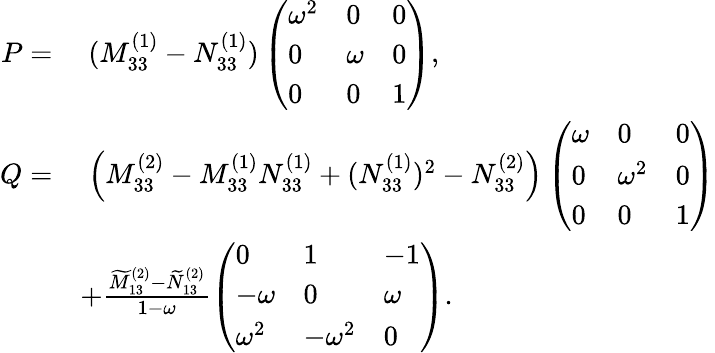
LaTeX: \begin{array}{rl}{P=}&{\; (M_{33}^{(1)}-N_{33}^{(1)})\left(\begin{array}{lll}{\omega^{2}}&{0}&{0}\\ {0}&{\omega}&{0}\\ {0}&{0}&{1}\end{array}\right),}\\ {Q=}&{\; \Big(M_{33}^{(2)}-M_{33}^{(1)}N_{33}^{(1)}+(N_{33}^{(1)})^{2}-N_{33}^{(2)}\Big)\left(\begin{array}{lll}{\omega}&{0}&{0}\\ {0}&{\omega^{2}}&{0}\\ {0}&{0}&{1}\end{array}\right)}\\ &{+\frac{\widetilde{M}_{13}^{(2)}-\widetilde{N}_{13}^{(2)}}{1-\omega}\left(\begin{array}{lll}{0}&{1}&{-1}\\ {-\omega}&{0}&{\omega}\\ {\omega^{2}}&{-\omega^{2}}&{0}\end{array}\right).}\end{array}